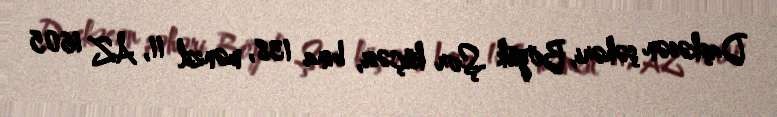
Daşkəsən şəhəri, Böyük Şor küçəsi, bina 138, mənzil 11, AZ 1605